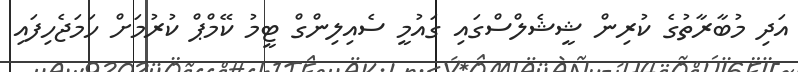
އަދި މުބާރާތުގެ ކުރިން ޝީޝެލްސްގައި ގައުމީ ސެއިލިންގް ޓީމު ކޭމްޕް ކުރުމަށް ހަމަޖެހިފައި